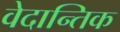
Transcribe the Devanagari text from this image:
वेदान्तिक